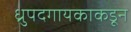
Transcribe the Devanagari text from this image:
ध्रुपदगायकाकडून